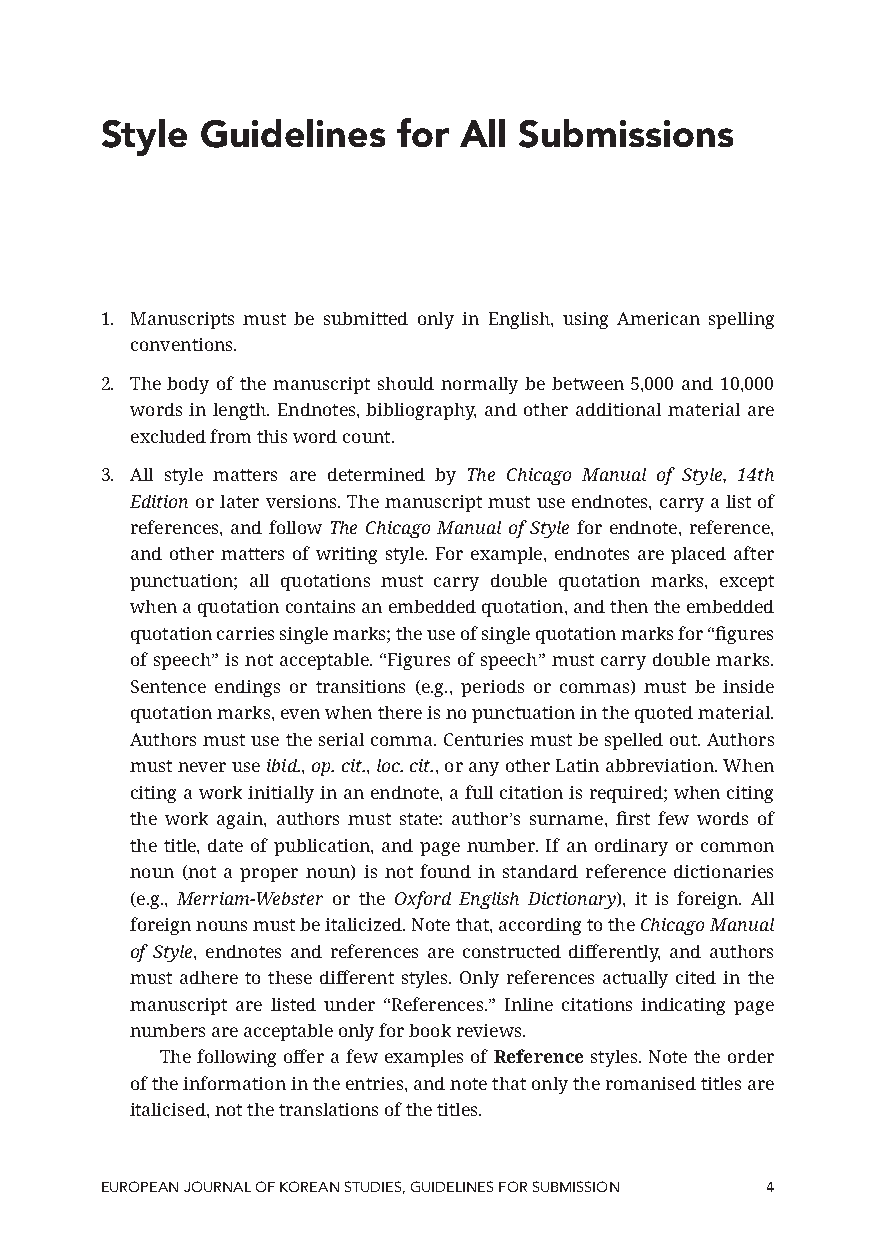
Style Guidelines   for All Submissions
 1. Manuscripts must be submitted only in English, using American spelling
 conventions.
 2. The body of the manuscript should normally be between 5,000 and 10,000
 words in length. Endnotes, bibliography, and other additional material are
 excluded from this word count.
 3. All style matters are determined by The Chicago Manual of Style, 14th
 Edition or later versions. The manuscript must use endnotes, carry a list of
 references, and follow The Chicago Manual of Style for endnote, reference,
 and other matters of writing style. For example, endnotes are placed after
 punctuation; all quotations must carry double quotation marks, except
 when a quotation contains an embedded quotation, and then the embedded
 quotation carries single marks; the use of single quotation marks for “figures
 of speech” is not acceptable. “Figures of speech” must carry double marks.
 Sentence endings or transitions (e.g., periods or commas) must be inside
 quotation marks, even when there is no punctuation in the quoted material.
 Authors must use the serial comma. Centuries must be spelled out. Authors
 must never use ibid., op. cit., loc. cit., or any other Latin abbreviation. When
 citing a work initially in an endnote, a full citation is required; when citing
 the work again, authors must state: author’s surname, first few words of
 the title, date of publication, and page number. If an ordinary or common
 noun (not a proper noun) is not found in standard reference dictionaries
 (e.g., Merriam-Webster or the Oxford English Dictionary), it is foreign. All
 foreign nouns must be italicized. Note that, according to the Chicago Manual
 of Style, endnotes and references are constructed differently, and authors
 must adhere to these different styles. Only references actually cited in the
 manuscript are listed under “References.” Inline citations indicating page
 numbers are acceptable only for book reviews.
 The following offer a few examples of Reference styles. Note the order
 of the information in the entries, and note that only the romanised titles are
 italicised, not the translations of the titles.
 EUROPEAN JOURNAL OF KOREAN STUDIES, GUIDELINES FOR SUBMISSION 4